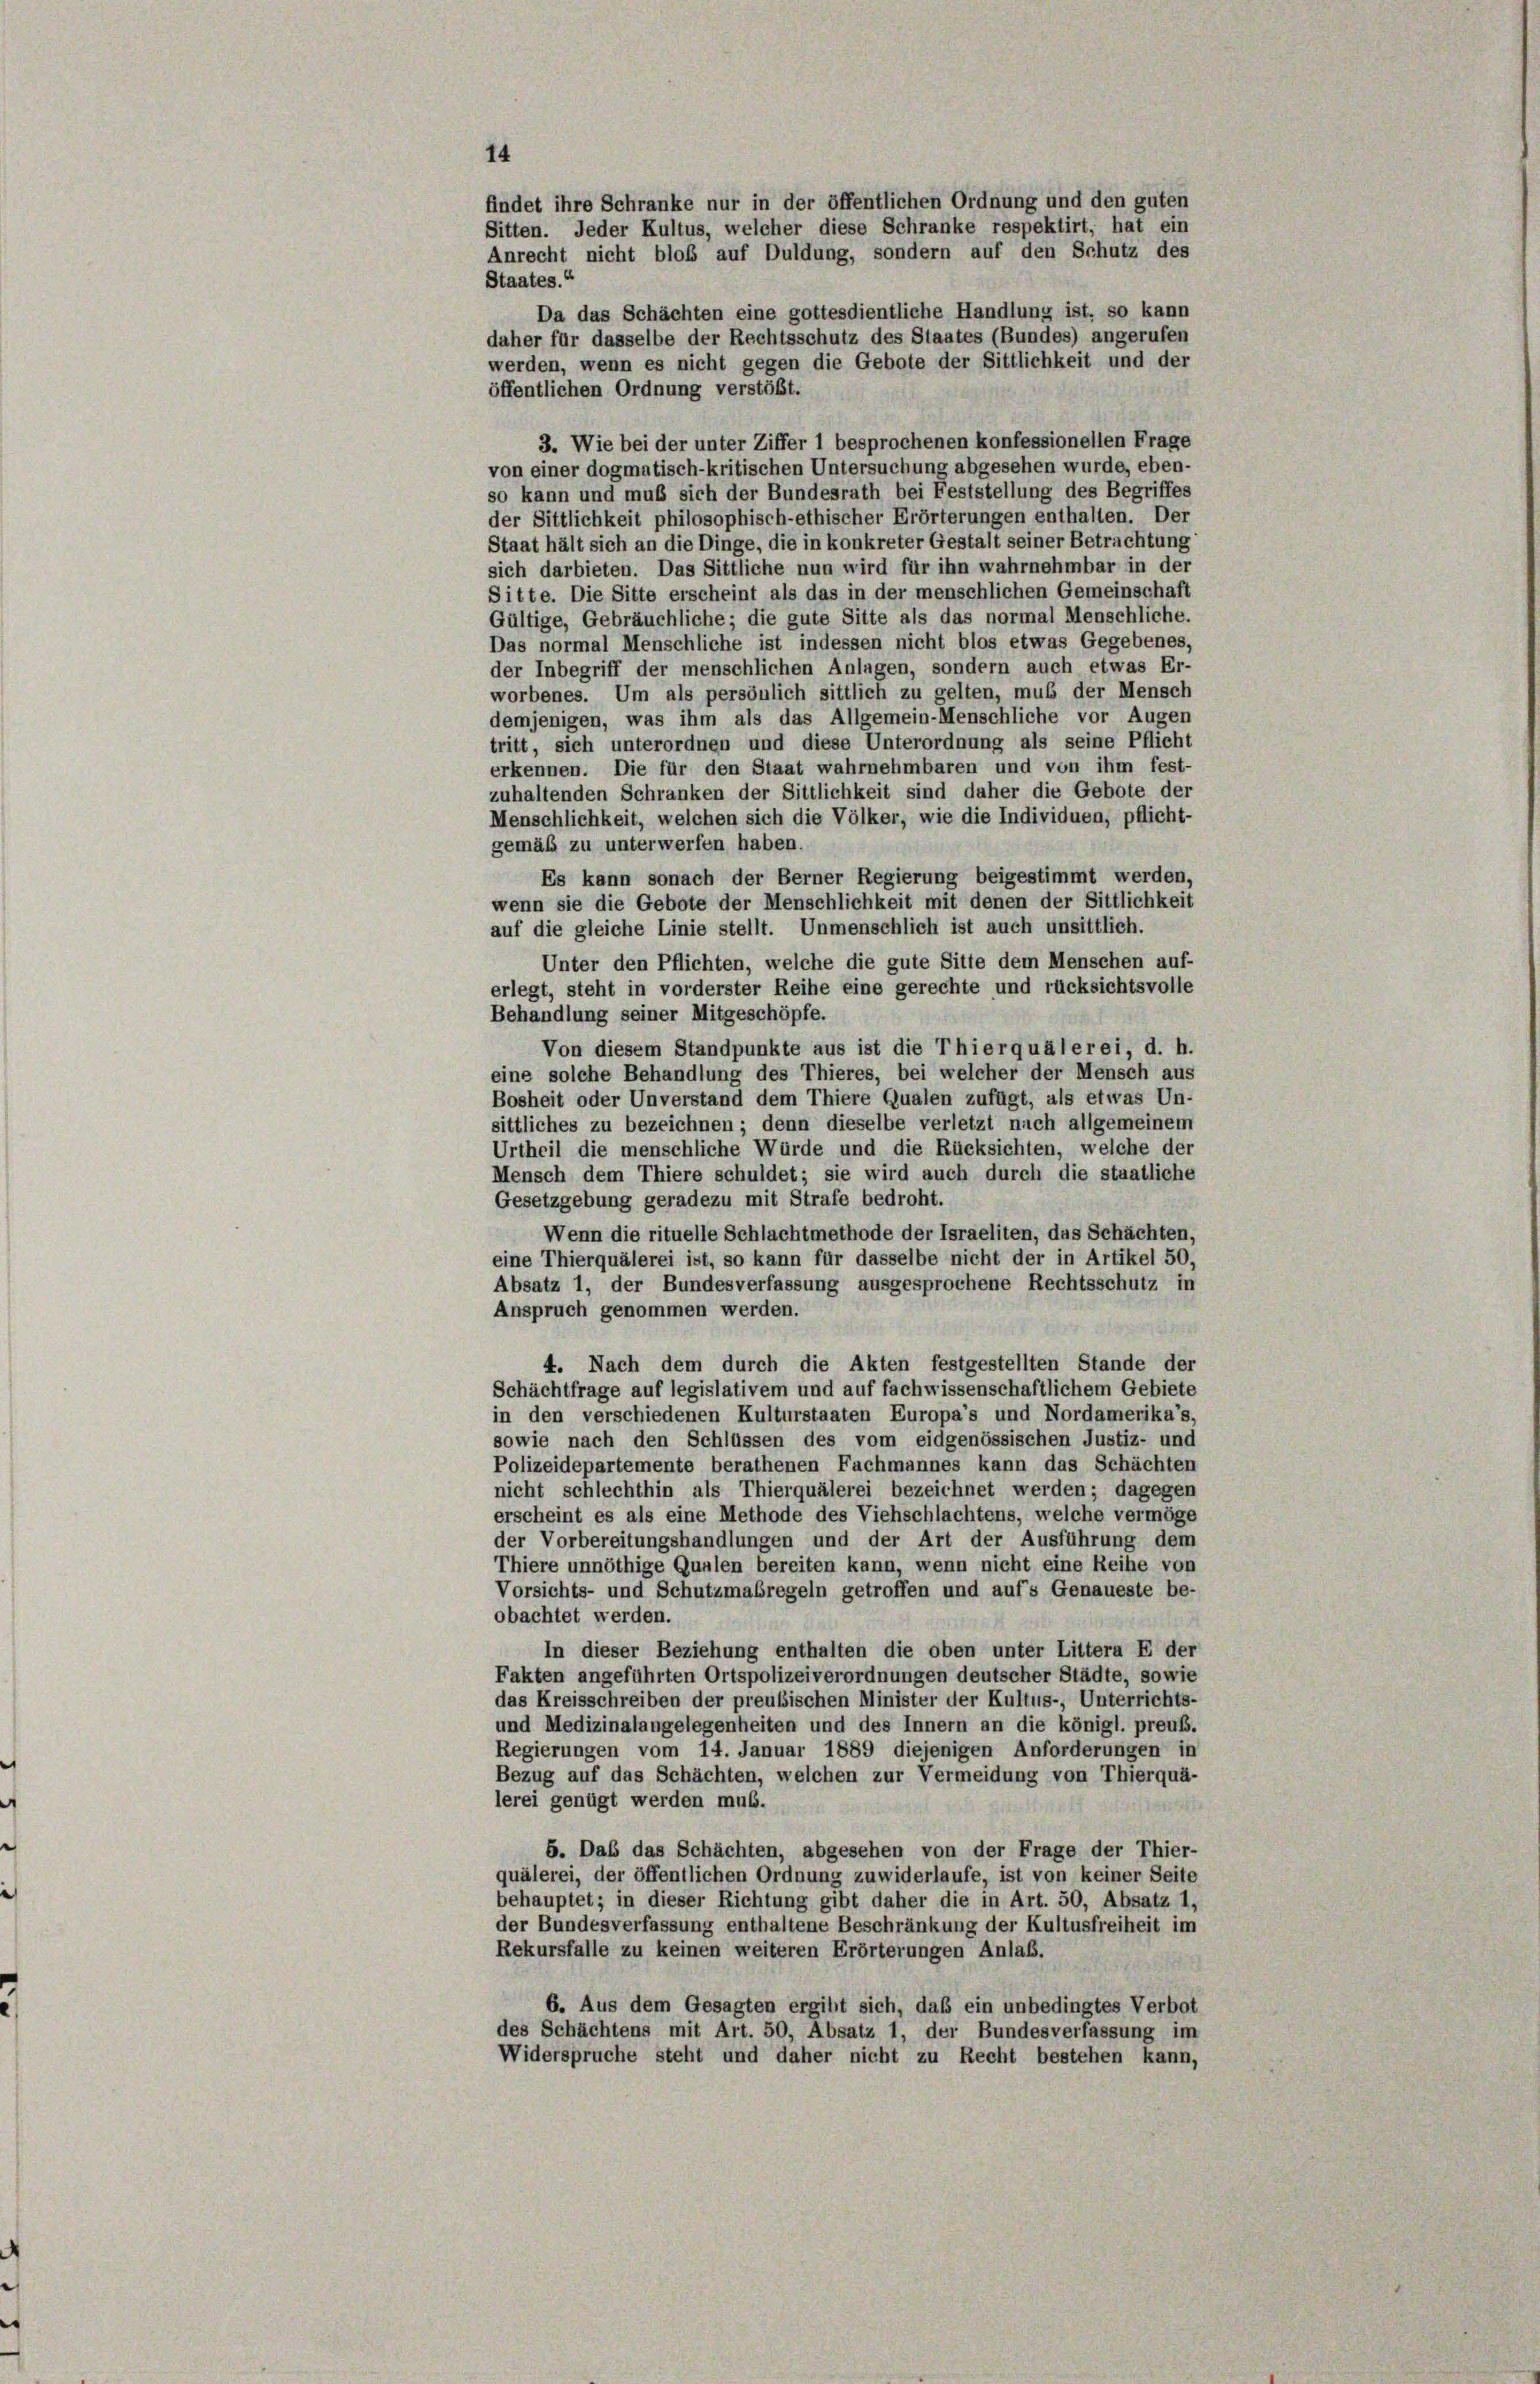
Staates.“
3. Wie bei der unter Ziffer 1 besprochenen konfessionellen Frage
von einer dogmatisch-kritischen Untersuchung abgesehen wurde, eben-
so kann und muß sich der Bundesrath bei Feststellung des Begriffes
der Sittlichkeit philosophisch-ethischer Erörterungen enthalten. Der
Staat hält sich an die Dinge, die in konkreter Gestalt seiner Betrachtung
sich darbieten. Das Sittliche nun wird für ihn wahrnehmbar in der
Sitte. Die Sitte erscheint als das in der menschlichen Gemeinschaft
Gültige, Gebräuchliche; die gute Sitte als das normal Menschliche.
Das normal Menschliche ist indessen nicht blos etwas Gegebenes,
der Inbegriff der menschlichen Anlagen, sondern auch etwas Er-
worbenes. Um als persönlich sittlich zu gelten, muß der Mensch
demjenigen, was ihm als das Allgemein-Menschliche vor Augen
tritt, sich unterordnen und diese Unterordnung als seine Pflicht
erkennen. Die für den Staat wahrnehmbaren und von ihm fest-
zuhaltenden Schranken der Sittlichkeit sind daher die Gebote der
Menschlichkeit, welchen sich die Völker, wie die Individuen, pflicht
gemäß zu unterwerfen haben.
Es kann sonach der Berner Regierung beigestimmt werden,
wenn sie die Gebote der Menschlichkeit mit denen der Sittlichkeit
auf die gleiche Linie stellt. Unmenschlich ist auch unsittlich.
Unter den Pflichten, welche die gute Sitte dem Menschen auf-
erlegt, steht in vorderster Reihe eine gerechte und rücksichtsvolle
Behandlung seiner Mitgeschöpfe.
Von diesem Standpunkte aus ist die Thier quälerei, d. h.
eine solche Behandlung des Thieres, bei welcher der Mensch aus
Bosheit oder Unverstand dem Thiere Qualen zufügt, als etwas Un-
sittliches zu bezeichnen; denn dieselbe verletzt nach allgemeinem
Urtheil die menschliche Würde und die Rücksichten, welche der
Mensch dem Thiere schuldet; sie wird auch durch die staatliche
Gesetzgebung geradezu mit Strafe bedroht.
Wenn die rituelle Schlachtmethode der Israeliten, das Schächten,
eine Thierquälerei ist, so kann für dasselbe nicht der in Artikel 50,
Absatz 1, der Bundesverfassung ausgesprochene Rechtsschutz in
Anspruch genommen werden.
4. Nach dem durch die Akten festgestellten Stande der
Schächtfrage auf legislativem und auf fachwissenschaftlichem Gebiete
in den verschiedenen Kulturstaaten Europa’s und Nordamerika’s.
sowie nach den Schlüssen des vom eidgenössischen Justiz- und
Polizeidepartemente berathenen Fachmannes kann das Schächten
nicht schlechthin als Thierquälerei bezeichnet werden; dagegen
erscheint es als eine Methode des Viehschlachtens, welche vermöge
der Vorbereitungshandlungen und der Art der Ausführung dem
Thiere unnöthige Qualen bereiten kann, wenn nicht eine Reihe von
Vorsichts- und Schutzmaßregeln getroffen und auf’s Genaueste be-
obachtet werden.
In dieser Beziehung enthalten die oben unter Littera E der
Fakten angeführten Ortspolizeiverordnungen deutscher Städte, sowie
das Kreisschreiben der preußischen Minister der Kultus-, Unterrichts-
und Medizinalangelegenheiten und des Innern an die königl. preuss.
Regierungen vom 14. Januar 1889 diejenigen Anforderungen in
Bezug auf das Schächten, welchen zur Vermeidung von Thierquä-
lerei genügt werden muß.
5. Das das Schächten, abgesehen von der Frage der Thier-
quälerei, der öffentlichen Ordnung zuwiderlaufe, ist von keiner Seite
behauptet; in dieser Richtung gibt daher die in Art. 50, Absatz 1,
der Bundesverfassung enthaltene Beschränkung der Kultusfreiheit im
Rekursfalle zu keinen weiteren Erörterungen Anlaß.
6. Aus dem Gesagten ergibt sich, daß ein unbedingtes Verbot
des Schächtens mit Art. 50, Absatz 1, der Bundesverfassung im
Widerspruche steht und daher nicht zu Recht bestehen kann,

14

findet ihre Schranke nur in der öffentlichen Ordnung und den guten
Sitten. Jeder Kultus, welcher diese Schranke respektirt, hat ein
Anrecht nicht bloß auf Duldung, sondern auf den Schutz des
Da das Schächten eine gottesdientliche Handlung ist, so kann
daher für dasselbe der Rechtsschutz des Staates (Bundes) angerufen
werden, wenn es nicht gegen die Gebote der Sittlichkeit und der
öffentlichen Ordnung verstößt.